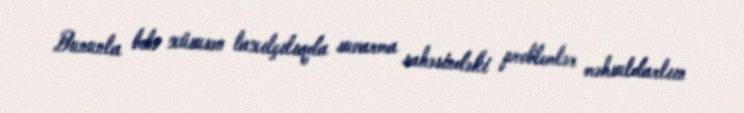
Bununla belə xüsusən taxılçılıqda suvarma sahəsindəki problemlər məhsuldarlıın